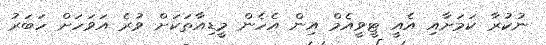
ނުކުރާ ކަމަށާއި އެއީ ޓީވީއެމް އިން އެހެން މީޑިއާތަކަށް ވުރެ އަވަހަށް ހަބަރު